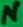
Text: N